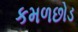
કમળછોડ